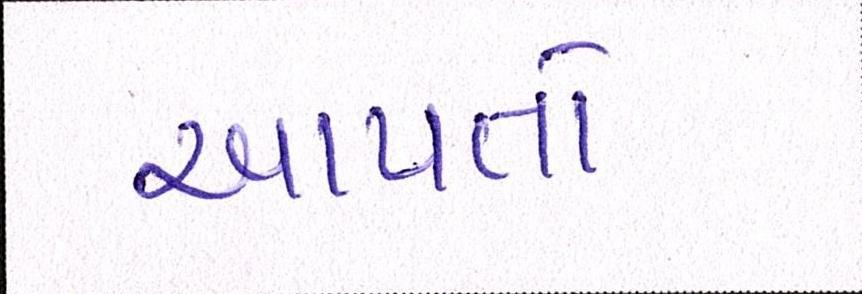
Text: આપતો